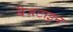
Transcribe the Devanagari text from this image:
बैज़टाइन